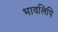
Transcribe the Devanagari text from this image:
भावलिपि